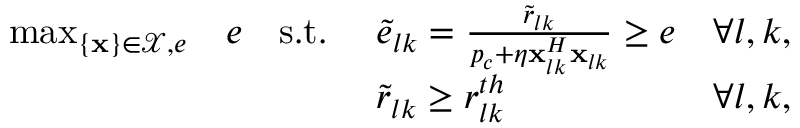
\begin{array} { r l r l r } { \operatorname* { m a x } _ { \{ \mathbf { x } \} \in \mathcal { X } , e } } & { e } & { \mathrm { s . t . } \, \, } & { \tilde { e } _ { l k } = \frac { \tilde { r } _ { l k } } { p _ { c } + \eta \mathbf { x } _ { l k } ^ { H } \mathbf { x } _ { l k } } \geq e } & { \forall l , k , } \\ & { } & & { \tilde { r } _ { l k } \geq r _ { l k } ^ { t h } } & { \forall l , k , } \end{array}